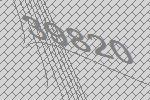
39820